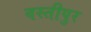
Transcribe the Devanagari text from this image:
वस्तीपुर